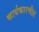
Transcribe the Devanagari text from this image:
कार्यकारणीत